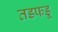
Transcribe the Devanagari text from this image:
तडफडू